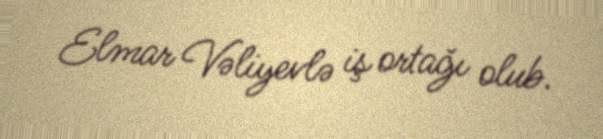
Elmar Vəliyevlə iş ortağı olub.